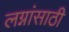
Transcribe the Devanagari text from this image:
लग्नांसाठी